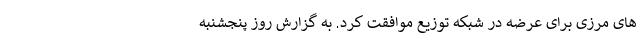
های مرزی برای عرضه در شبکه توزیع موافقت کرد. به گزارش روز پنجشنبه